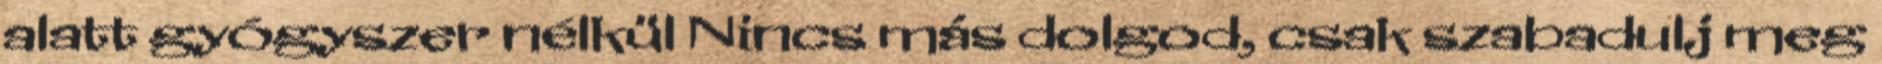
alatt gyógyszer nélkül Nincs más dolgod, csak szabadulj meg